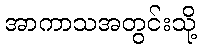
အာကာသအတွင်းသို့